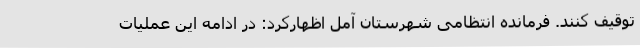
توقیف کنند. فرمانده انتظامی شهرستان آمل اظهارکرد: در ادامه این عملیات